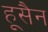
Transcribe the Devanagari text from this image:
हूसैन